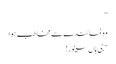
”
وہ نمائندے سے مخاطب ہوا
“جی ہاں سینور!